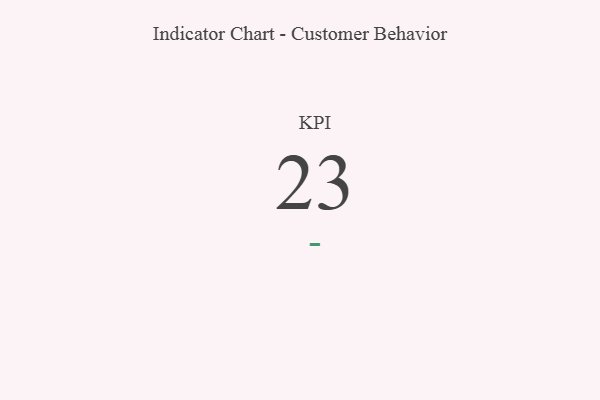
{"axis": {"x": "KPI", "y": "Value"}, "legend": [""], "data": [{"x": "KPI", "y": 23, "type": ""}]}